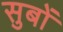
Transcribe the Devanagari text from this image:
सुबों